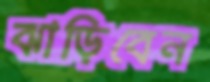
ঝাড়িবেন